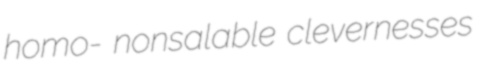
homo- nonsalable clevernesses